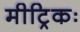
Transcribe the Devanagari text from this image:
मीट्रिकः